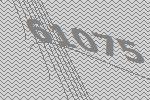
61075